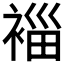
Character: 𮖓